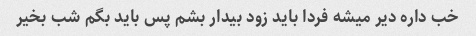
خب داره دیر میشه فردا باید زود بیدار بشم پس باید بگم شب بخیر